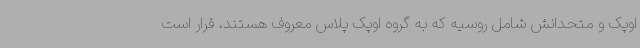
اوپک و متحدانش شامل روسیه که به گروه اوپک پلاس معروف هستند، قرار است